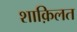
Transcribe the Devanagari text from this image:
शाक़िलत